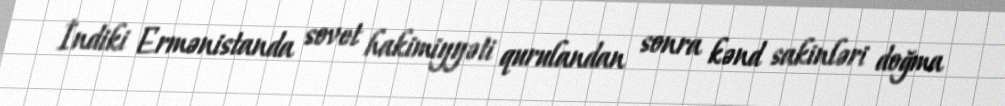
İndiki Ermənistanda sovet hakimiyyəti qurulandan sonra kənd sakinləri doğma